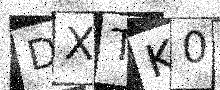
Text: DXTK0B